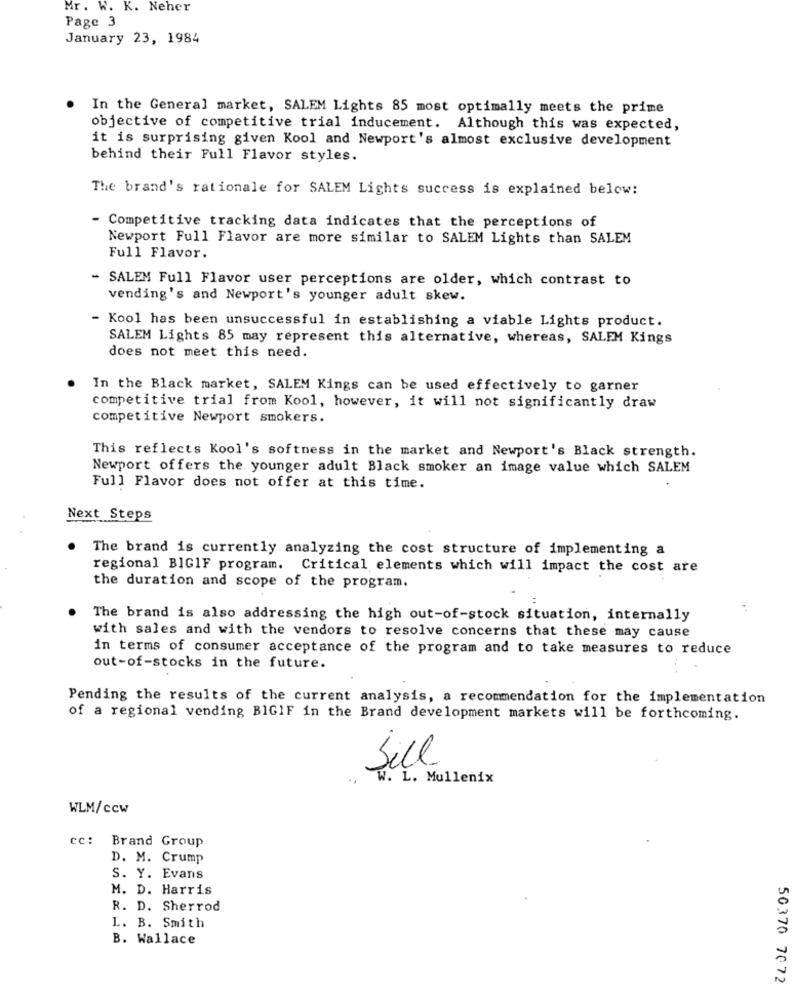
Mr. W. K. Neher
Page 3
January 23, 1984
In the General market, SALEM Lights 85 most optimally meets the prime
objective of competitive trial inducement. Although this was expected,
it is surprising given Kool and Newport's almost exclusive development
behind their Full Flavor styles.
The brand's rationale for SALEM Lights success is explained below:
- Competitive tracking data indicates that the perceptions of
Newport Full Flavor are more similar to SALEM Lights than SALEM
Full Flavor.
- SALEM Full Flavor user perceptions are older, which contrast to
vending's and Newport's younger adult skew.
- Kool has been unsuccessful in establishing a viable Lights product.
SALEM Lights 85 may represent this alternative, whereas, SALEM Kings
does not meet this need.
In the Black market, SALEM Kings can be used effectively to garner
competitive trial from Kool, however, it will not significantly draw
competitive Newport smokers.
This reflects Kool's softness in the market and Newport's Black strength.
Newport offers the younger adult Black smoker an image value which SALEM
Full Flavor does not offer at this time.
Next Steps
. The brand is currently analyzing the cost structure of implementing a
regional BIGIF program. Critical elements which will impact the cost are
the duration and scope of the program.
:
The brand is also addressing the high out-of-stock situation, internally
with sales and with the vendors to resolve concerns that these may cause
in terms of consumer acceptance of the program and to take measures to reduce
out-of-stocks in the future.
Pending the results of the current analysis, a recommendation for the implementation
of a regional vending BIGIF in the Brand development markets will be forthcoming.
Sill
..
W. L. Mullenix
WLM/ccw
cc:
Brand Group
D. M. Crump
S. Y. Evans
M. D. Harris
R. D. Sherrod
L. B. Smith
B. Wallace
50370 7072